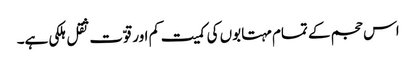
اس حجم کے تمام مہتابوں کی کمیت کم اور قوّت ثقل ہلکی ہے۔